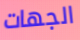
الجهات